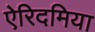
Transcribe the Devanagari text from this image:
ऐरिदमिया